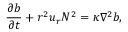
\frac { \partial b } { \partial t } + r ^ { 2 } u _ { r } N ^ { 2 } = \kappa \nabla ^ { 2 } b ,